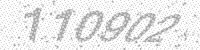
Solution: 110902